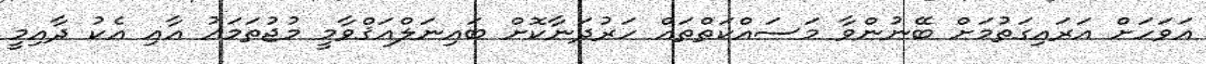
އަވަހަށް އަރައިގަތުމަށް ބޭނުންވާ މަސައްކަތްތައް ހަރުދަނާކޮށް ބައިނަލްއަޤްވާމީ މުޖުތަމަޢު އާއި އެކު ދާއިމީ